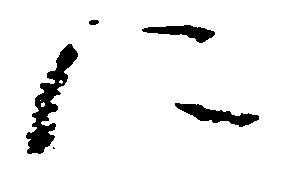
に